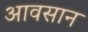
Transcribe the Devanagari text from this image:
आवसान